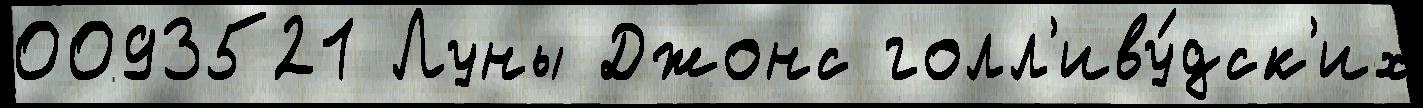
0093521 Луны Джонс голл'иву́дск'их